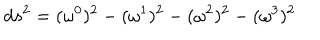
d s ^ { 2 } = ( { \omega } ^ { 0 } ) ^ { 2 } - ( { \omega } ^ { 1 } ) ^ { 2 } - ( { \omega } ^ { 2 } ) ^ { 2 } - ( { \omega } ^ { 3 } ) ^ { 2 }